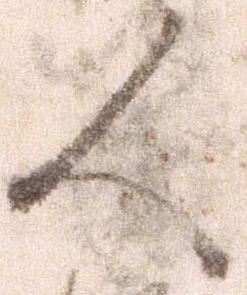
人